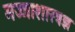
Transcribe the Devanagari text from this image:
मज्जाशास्त्रज्ञ